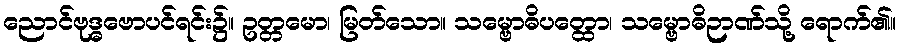
ညောင်ဗုဒ္ဓဗောပင်ရင်း၌။ ဥတ္တမော၊ မြတ်သော။ သမ္ဗောဓိပတ္ထော၊ သမ္ဗောဓိဉာဏ်သို့ ရောက်၏။